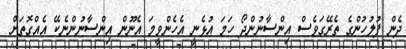
ދެން ފުލުހުންގެ ތެރޭގަވެސް އިންސާނުންދޯ ހަމަ އުޅެނީ އެހެންވީމަ އެނޫން އިންސާނުންނެކޭ އެއްގޮތަށް